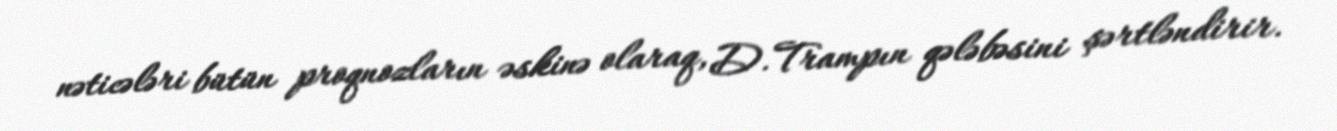
nəticələri bütün proqnozların əskinə olaraq, D.Trampın qələbəsini şərtləndirir.